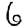
Digit: 6